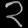
Digit: ၃